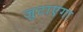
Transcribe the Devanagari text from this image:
जुटाएगा